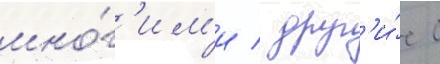
мно́г'им'и / друг'и́е с